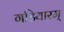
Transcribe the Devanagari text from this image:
गडियारम्